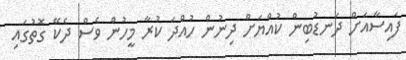
ފައިސާއަށް ދަނޑުބިން ކުއްޔަށް ދިނުން ހުއްދަ ކުރާ މީހުން ވެސް ދެކޭ ގޮތުގައި